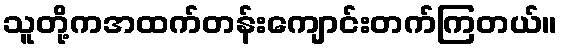
သူတို့ကအထက်တန်းကျောင်းတက်ကြတယ်။